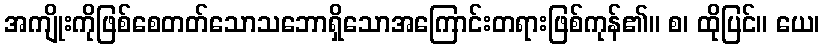
အကျိုးကိုဖြစ်စေတတ်သောသဘောရှိသောအကြောင်းတရားဖြစ်ကုန်၏။ စ၊ ထိုပြင်။ ယေ၊